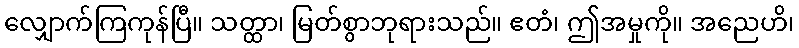
လျှောက်ကြကုန်ပြီ။ သတ္ထာ၊ မြတ်စွာဘုရားသည်။ ဧတံ၊ ဤအမှုကို။ အညေဟိ၊